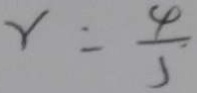
r = \frac { 4 } { 5 }